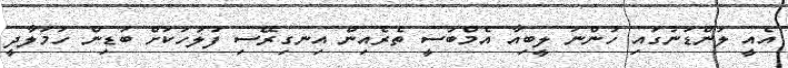
އެއީ ލަންޑަނުގައި ހުންނަ ލީބިއާ އެމްބަސީ ތެރެއިން އިނގިރޭސި ފުލުހަކަށް ބަޑިން ހަމަލާދީ